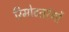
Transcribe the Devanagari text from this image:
रिमोटतरंगों